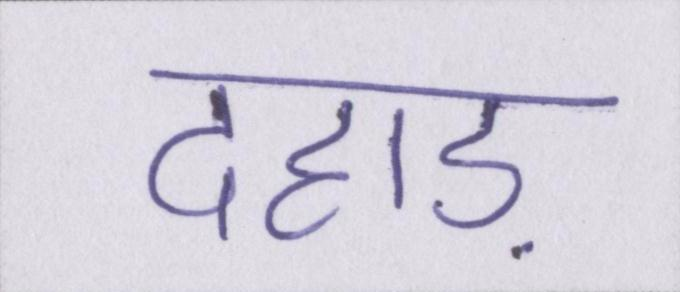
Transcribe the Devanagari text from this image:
दहाड़